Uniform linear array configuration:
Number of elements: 64
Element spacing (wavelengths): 0.5
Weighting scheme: hann
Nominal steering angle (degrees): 15
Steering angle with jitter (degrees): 15.278
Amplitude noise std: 0.05
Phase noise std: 0.05

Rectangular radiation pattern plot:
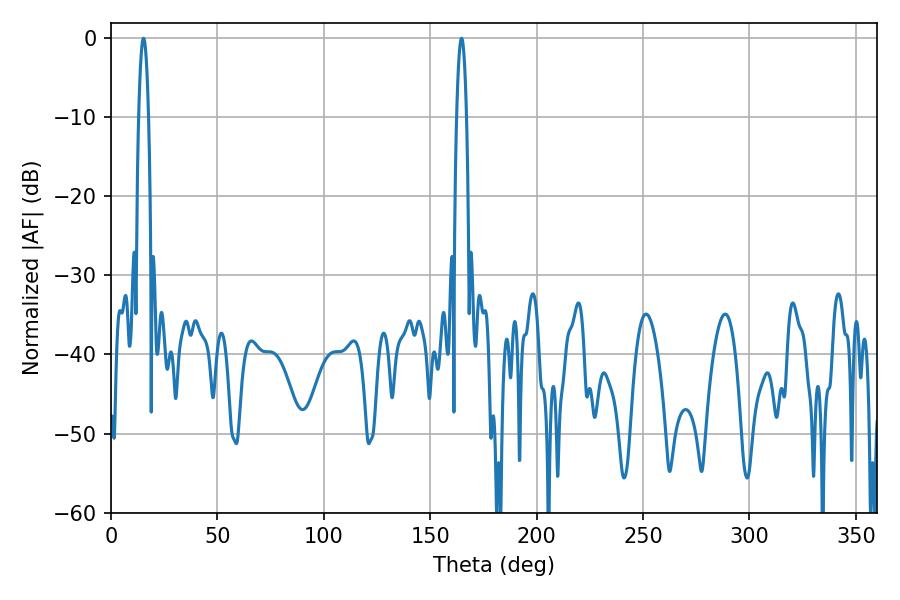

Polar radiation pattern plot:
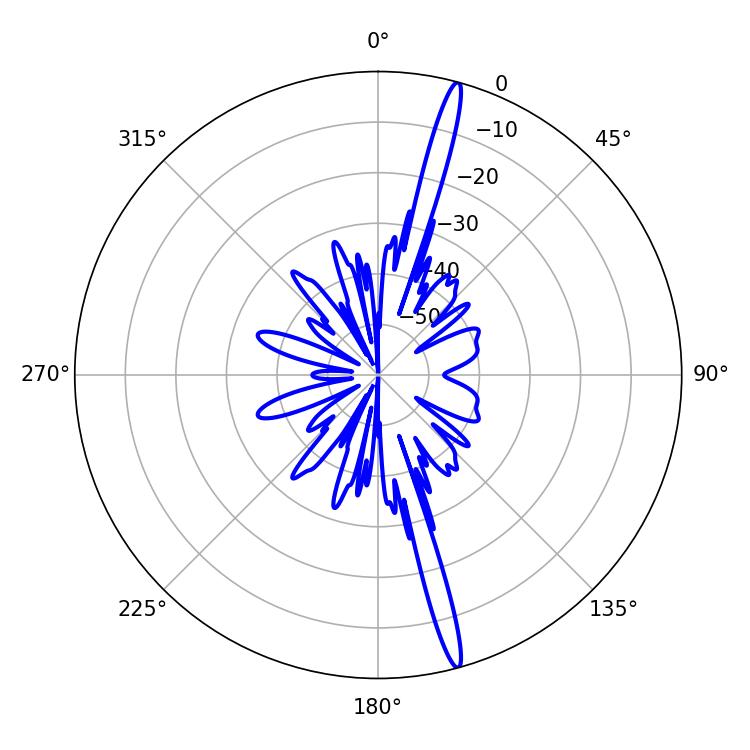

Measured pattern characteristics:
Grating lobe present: FALSE
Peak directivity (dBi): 18.906
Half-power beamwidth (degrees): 2.52
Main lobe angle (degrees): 164.7